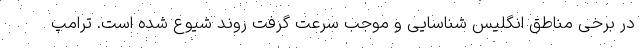
در برخی مناطق انگلیس شناسایی و موجب سرعت گرفت روند شیوع شده است. ترامپ